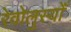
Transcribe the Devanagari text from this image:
रेवोलुस्योँ